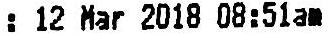
: 12 MAR 2018 08:51AM